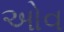
ઓવ